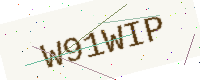
Text: W91WIP